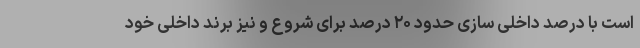
است با درصد داخلی سازی حدود ۲۰ درصد برای شروع و نیز برند داخلی خود